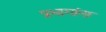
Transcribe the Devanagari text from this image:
प्रभागांना